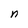
Character: n